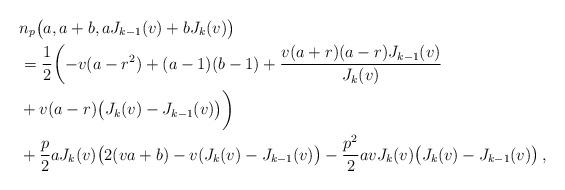
LaTeX: \begin{align*}&n_p\bigl(a,a+b,a J_{k-1}(v)+b J_k(v)\bigr)\\&=\frac{1}{2}\biggl(-v(a-r^2)+(a-1)(b-1)+\frac{v(a+r)(a-r)J_{k-1}(v)}{J_k(v)}\\&+v(a-r)\bigl(J_k(v)-J_{k-1}(v)\bigr)\biggr)\\&+\frac{p}{2}a J_k(v)\bigl(2(v a+b)-v(J_k(v)-J_{k-1}(v)\bigr)-\frac{p^2}{2}a v J_k(v)\bigl(J_k(v)-J_{k-1}(v)\bigr)\,, \end{align*}